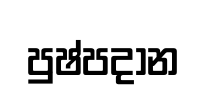
පුෂ්පදාන